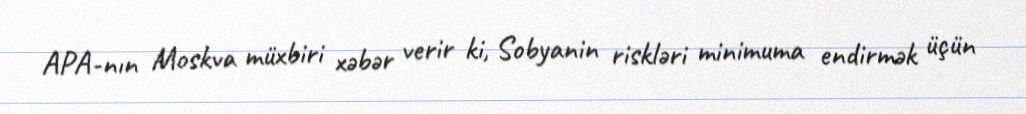
APA-nın Moskva müxbiri xəbər verir ki, Sobyanin riskləri minimuma endirmək üçün